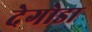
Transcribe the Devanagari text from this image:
देगोडा